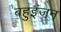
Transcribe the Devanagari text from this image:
बहुइंजन